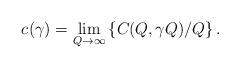
LaTeX: \begin{align*}{c_{}(\gamma)} = \mathop{\lim} \limits_{Q \to \infty} \left\{ C_{}(Q, \gamma Q)/Q\right\}.\end{align*}